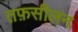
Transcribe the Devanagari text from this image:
तफ़सीलन